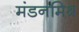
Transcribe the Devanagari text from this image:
मंडनमिश्र